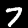
Label: 7